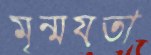
মৃন্ময়তা